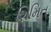
શિમિત